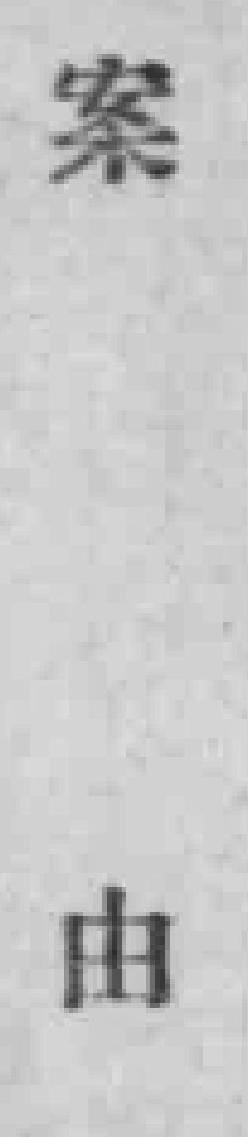
案由